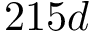
2 1 5 d